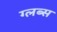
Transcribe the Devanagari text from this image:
ग्लब्स